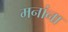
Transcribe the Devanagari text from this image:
मनांना